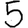
Digit: 5